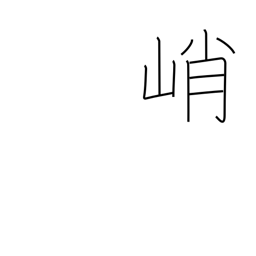
Meaning: high & steep